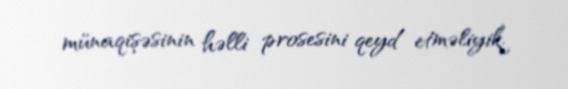
münaqişəsinin həlli prosesini qeyd etməliyik.